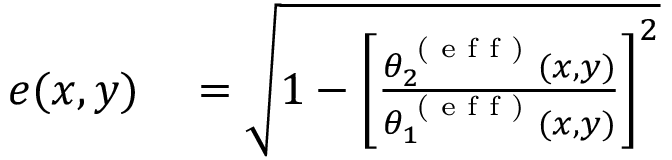
\begin{array} { r l } { e ( x , y ) } & { { } = \sqrt { 1 - \left[ \frac { \theta _ { 2 } ^ { \textrm { ( e f f ) } } ( x , y ) } { \theta _ { 1 } ^ { \textrm { ( e f f ) } } ( x , y ) } \right] ^ { 2 } } } \end{array}